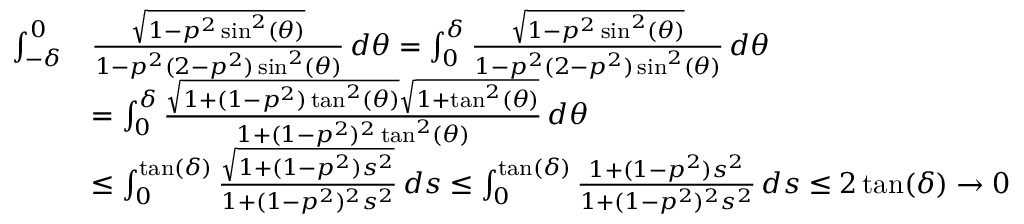
\begin{array} { r l } { \int _ { - \delta } ^ { 0 } } & { \frac { \sqrt { 1 - p ^ { 2 } \sin ^ { 2 } ( \theta ) } } { 1 - p ^ { 2 } ( 2 - p ^ { 2 } ) \sin ^ { 2 } ( \theta ) } \, d \theta = \int _ { 0 } ^ { \delta } \frac { \sqrt { 1 - p ^ { 2 } \sin ^ { 2 } ( \theta ) } } { 1 - p ^ { 2 } ( 2 - p ^ { 2 } ) \sin ^ { 2 } ( \theta ) } \, d \theta } \\ & { = \int _ { 0 } ^ { \delta } \frac { \sqrt { 1 + ( 1 - p ^ { 2 } ) \tan ^ { 2 } ( \theta ) } \sqrt { 1 + \tan ^ { 2 } ( \theta ) } } { 1 + ( 1 - p ^ { 2 } ) ^ { 2 } \tan ^ { 2 } ( \theta ) } \, d \theta } \\ & { \leq \int _ { 0 } ^ { \tan ( \delta ) } \frac { \sqrt { 1 + ( 1 - p ^ { 2 } ) s ^ { 2 } } } { 1 + ( 1 - p ^ { 2 } ) ^ { 2 } s ^ { 2 } } \, d s \leq \int _ { 0 } ^ { \tan ( \delta ) } \frac { 1 + ( 1 - p ^ { 2 } ) s ^ { 2 } } { 1 + ( 1 - p ^ { 2 } ) ^ { 2 } s ^ { 2 } } \, d s \leq 2 \tan ( \delta ) \to 0 } \end{array}